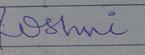
Signature authenticity: forged